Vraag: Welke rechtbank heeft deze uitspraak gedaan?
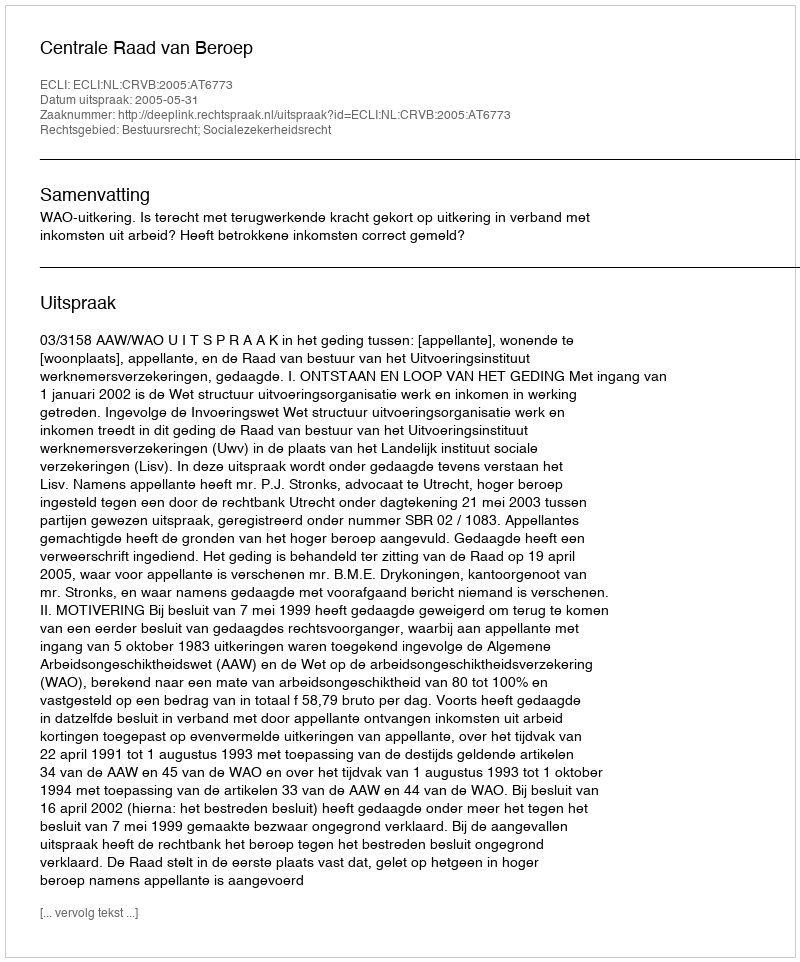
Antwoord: Centrale Raad van Beroep